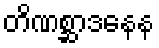
တိဏစ္ဆာဒနေန